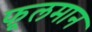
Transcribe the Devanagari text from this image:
फूलमान